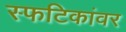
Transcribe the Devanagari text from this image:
स्फटिकांवर